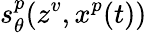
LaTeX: s_{\theta}^{p}(z^{v},x^{p}(t))